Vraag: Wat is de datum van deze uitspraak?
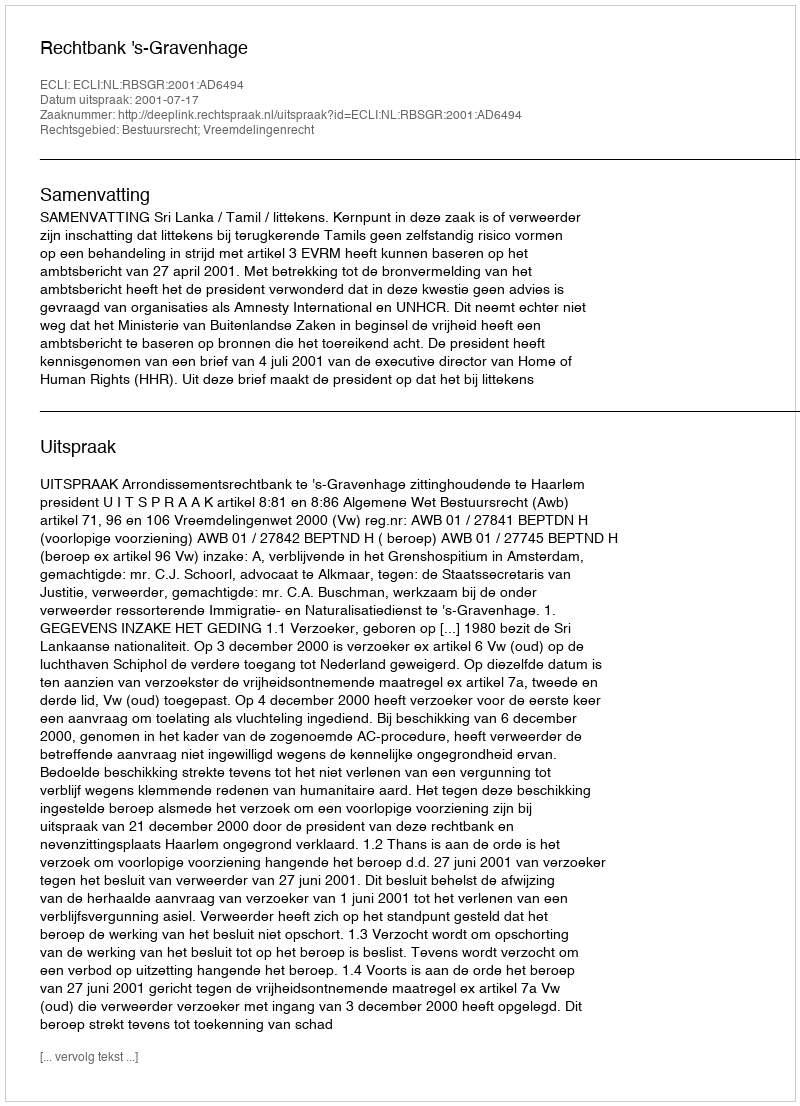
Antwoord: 2001-07-17